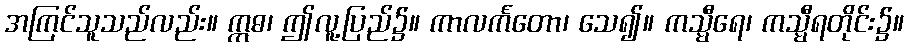
အကြင်သူသည်လည်း။ ဣဓ၊ ဤလူ့ပြည်၌။ ကာလင်္ကတော၊ သေ၍။ ကသ္မီရေ၊ ကသ္မီရတိုင်း၌။